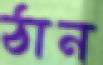
ঠান